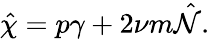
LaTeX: \hat{\chi}=p\gamma+2\nu m\hat{{\cal N}}.